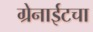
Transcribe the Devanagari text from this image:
ग्रेनाईटचा